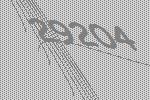
29204